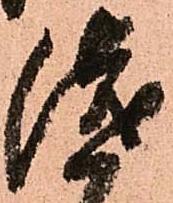
浅